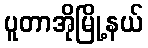
ပူတာအိုမြို့နယ်